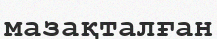
мазақталған